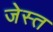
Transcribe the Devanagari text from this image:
जेस्त